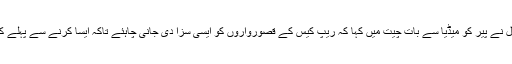
سی ایم اروند کجریوال نے پیر کو میڈیا سے بات چیت میں کہا کہ ریپ کیس کے قصورواروں کو ایسی سزا دی جانی چاہئے تاکہ ایسا کرنے سے پہلے کوئی 10 بار سوچے۔